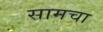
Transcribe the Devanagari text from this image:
सामचा